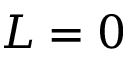
L = 0